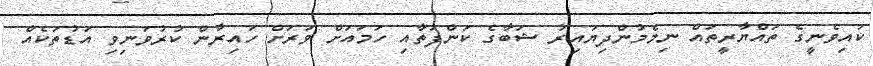
ކައިވެނީގެ ތައްޔާރީތައް ނިމެމުންދިޔައިރު ޝަބާގެ ކަންފަތާއި ހަމައަށް ވަރަށް ހައިރާން ކުރުވަނިވި އަޑުތަކެއް